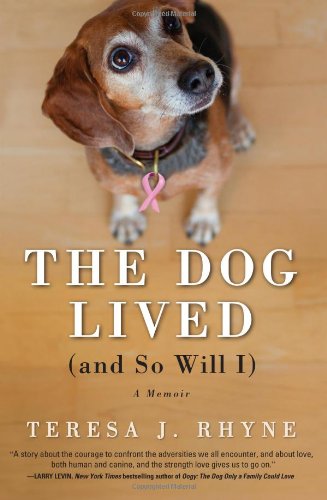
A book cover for The Dog Lived (and So Will I): The poignant, honest, hilarious memoir of a cancer survivor; Teresa Rhyne; Crafts, Hobbies & Home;